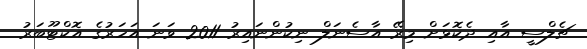
ޗެލްސީ އާއި ދެކޮޅަށް މިރޭ އާސެނަލް ނިކުންނައިރު 2011 ވަނަ އަހަރުގެ އޮކްޓޫބަރު